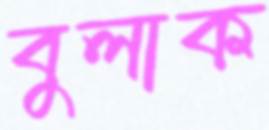
বুলাক